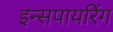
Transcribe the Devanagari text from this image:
इन्सपायरिंग